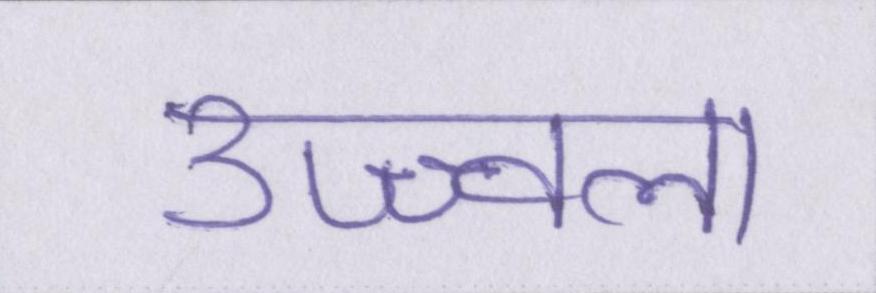
उज्ज्वला